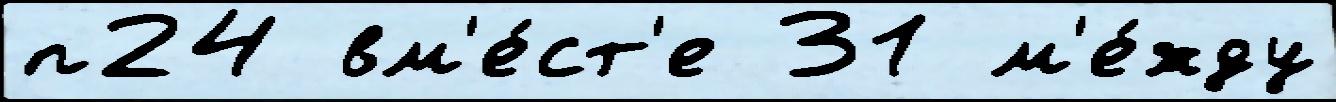
п24 вм'е́ст'е 31 м'е́жду